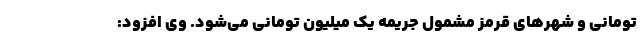
تومانی و شهرهای قرمز مشمول جریمه یک میلیون تومانی می‌شود. وی افزود: